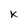
Character: K